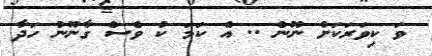
ވަ ކިވަރަކަށް ނޫން .. އެ ކަމަ ކު ވެސް ގާނޫނު ހަދާ